Lunatic asylums in Bengal annual reports 1912-1924 - 1912-1924
Year: 1912
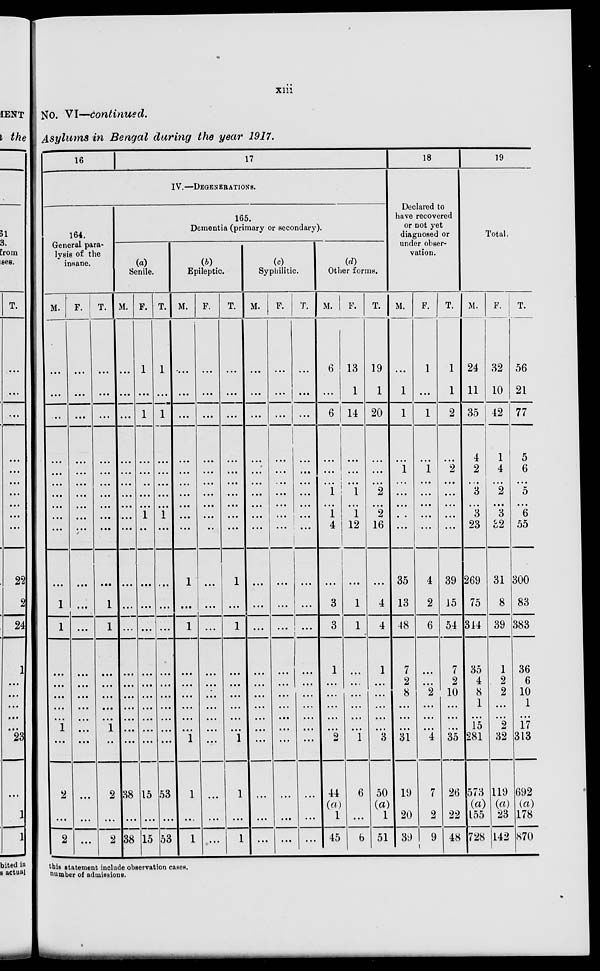
xiii
No. VI—continued.
Asylums in Bengal during the year 1917.
16
17
IV.—DEGENERATIONS.
164.
General para-
lysis of the
insane.
M.
...
...
...
...
...
...
...
...
...
...
...
1
1
...
...
...
...
...
1
...
2
...
2
F.
...
...
...
...
...
...
...
...
...
...
...
...
...
...
...
...
...
...
...
...
...
...
...
T.
...
...
...
...
...
...
...
...
...
...
...
1
1
...
...
...
...
...
1
...
2
...
2
165.
Dementia (primary or secondary).
(a)
Senile.
M.
...
...
...
...
...
...
...
...
...
...
...
...
...
...
...
...
...
...
...
...
38
...
38
F.
1
...
1
...
...
...
...
...
1
...
...
...
...
...
...
...
...
...
...
...
15
...
15
T.
1
....
1
...
...
...
...
...
1
...
...
...
...
...
...
...
...
...
...
...
53
...
53
(b)
Epileptic.
M.
...
...
...
...
...
...
...
...
...
...
1
...
1
...
...
...
...
...
...
1
1
...
1
F.
...
...
...
...
...
...
...
...
...
...
...
...
..
...
...
...
...
...
...
...
...
...
...
T.
...
...
...
...
...
...
...
...
...
...
1
...
1
...
...
...
...
...
... 1
1
...
1
(c)
Syphilitic.
M.
...
...
...
...
...
...
...
...
...
...
...
...
...
...
...
...
...
...
...
...
...
...
...
F.
...
...
...
...
...
...
...
...
...
...
...
...
...
...
...
...
...
...
...
...
...
...
...
T.
...
...
...
...
...
...
...
...
...
...
...
...
...
...
...
...
...
...
...
...
...
...
...
(d)
Other forms.
M.
6
...
6
...
...
... ...
...
1
4
...
3
3
1
...
...
...
...
...
2
44
(a)
1
45
F.
13
1
14
...
...
... 1
...
1
12
...
1
1
...
...
...
...
...
...
1
6
...
6
T.
19
1
20
...
...
... 1
...
2
16
...
4
4
1
...
...
...
...
...
3
50
(a)
1
51
18
Declared to
have recovered
or not yet
diagnosed or
under obser-
vation.
M.
...
1
1
...
1
...
2
...
...
...
35
13
48
7
2
8
...
...
...
31
19
20
39
F.
1
....
1
...
1
...
...
...
...
...
4
2
6
...
...
2
...
...
...
4
7
2
9
T.
1
1
2
...
2
...
...
...
...
...
39
15
54
7
2
10
...
...
...
35
26
22
48
19
Total.
M.
24
11
35
4
2
... 3
... 3
23
269
75
314
35
4
8
1
...
15
281
573
(a)
155
728
F.
32
10
42
1
4
... 2
...
3
32
31
8
39
1
2
2
...
...
2
32
119
(a)
23
142
T.
56
21
77
5
6
...
5
...
6
55
300
83
383
36
6
10
1
...
17
313
692
(a)
178
870
this statement include observation cases.
number of admissions.